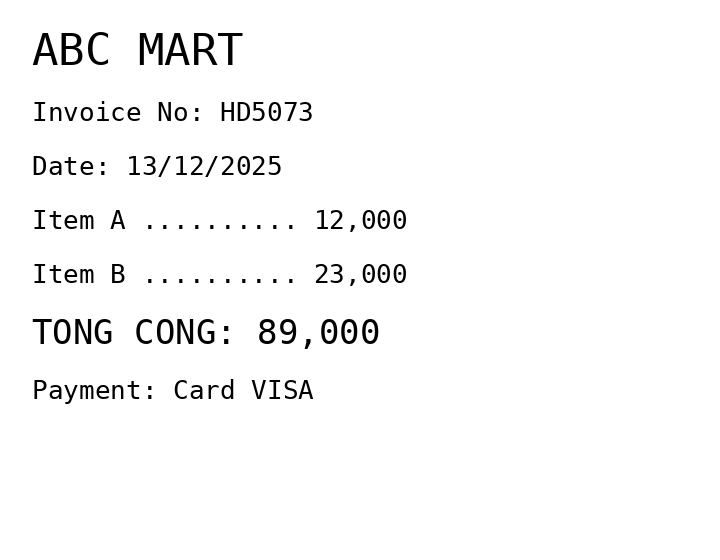
ABC MART
Invoice No: HD5073
Date: 13/12/2025
Item A .......... 12,000
Item B .......... 23,000
TONG CONG: 89,000
Payment: Card VISA
Merchant: abc mart
Date: 2025-12-13
Total: 89000
Invoice No: HD5073
Payment method: CARD